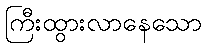
ကြီးထွားလာနေသော